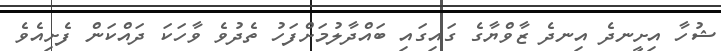
ޝުހާ އިށީނދެ އިނދެ ޒާވްޔާގެ ގައިގައި ބައްދާލުމަށްފަހު ތެދުވެ ވާހަކަ ދައްކަން ފެށިއެވެ